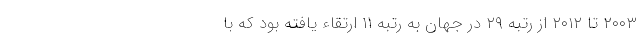
۲۰۰۳ تا ۲۰۱۲ از رتبه ۲۹ در جهان به رتبه ۱۱ ارتقاء یافته بود که با